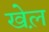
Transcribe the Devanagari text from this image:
खेल़